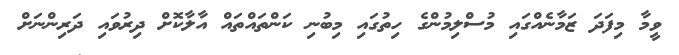
ވީމާ މިފަދަ ޒަމާނެއްގައި މުސްލިމުންގެ ހިތުގައި މިބުނި ކަންތައްތައް އާލާކޮށް ދިރުވައި ދަރިންނަށް